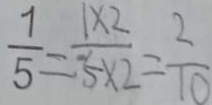
\frac { 1 } { 5 } = \frac { 1 \times 2 } { 5 \times 2 } = \frac { 2 } { 1 0 }